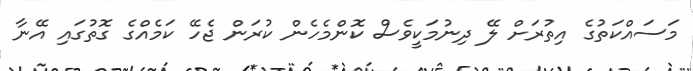
މަސައްކަތުގެ އިތުރަށް ލޭ ދިނުމަކީވެސް ކޮންމެހެން ކުރަން ޖެހޭ ކަމެއްގެ ގޮތުގައި އޭނާ